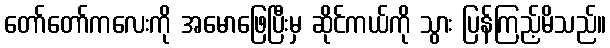
တော်တော်ကလေးကို အမောဖြေပြီးမှ ဆိုင်ကယ်ကို သွား ပြန်ကြည့်မိသည်။